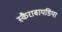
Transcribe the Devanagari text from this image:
स्कैराबायडिया